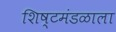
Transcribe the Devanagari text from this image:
शिष्टमंडळाला